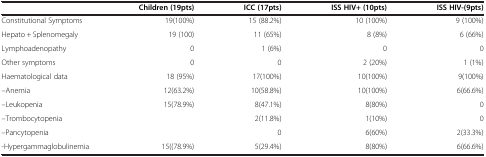
<table><thead><tr><td><b> </b></td><td><b>Children (19pts)</b></td><td><b>ICC (17pts)</b></td><td><b>ISS HIV+ (10pts)</b></td><td><b>ISS HIV-(9pts)</b></td></tr></thead><tbody><tr><td>Constitutional Symptoms</td><td>19(100%)</td><td>15 (88.2%)</td><td>10 (100%)</td><td>9 (100%)</td></tr><tr><td>Hepato + Splenomegaly</td><td>19 (100)</td><td>11 (65%)</td><td>8 (8%)</td><td>6 (66%)</td></tr><tr><td>Lymphoadenopathy</td><td>0</td><td>1 (6%)</td><td>0</td><td>0</td></tr><tr><td>Other symptoms</td><td>0</td><td>0</td><td>2 (20%)</td><td>1 (1%)</td></tr><tr><td>Haematological data</td><td>18 (95%)</td><td>17(100%)</td><td>10(100%)</td><td>9(100%)</td></tr><tr><td>--Anemia</td><td>12(63.2%)</td><td>10(58.8%)</td><td>10(100%)</td><td>6(66.6%)</td></tr><tr><td>--Leukopenia</td><td>15(78.9%)</td><td>8(47.1%)</td><td>8(80%)</td><td>0</td></tr><tr><td>--Trombocytopenia</td><td> </td><td>2(11.8%)</td><td>1(10%)</td><td>0</td></tr><tr><td>--Pancytopenia</td><td> </td><td>0</td><td>6(60%)</td><td>2(33.3%)</td></tr><tr><td>-Hypergammaglobulinemia</td><td>15((78.9%)</td><td>5(29.4%)</td><td>8(80%)</td><td>6(66.6%)</td></tr></tbody></table>